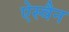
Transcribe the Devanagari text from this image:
ऐस्वैन